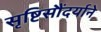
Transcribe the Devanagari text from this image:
सृष्टिसौंदर्याने